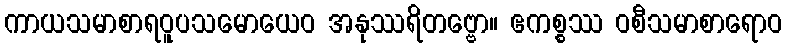
ကာယသမာစာရဝူပသမောယေဝ အနုဿရိတဗ္ဗော။ ဧကစ္စဿ ဝစီသမာစာရောဝ